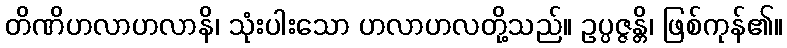
တိဏိဟလာဟလာနိ၊ သုံးပါးသော ဟလာဟလတို့သည်။ ဥပ္ပဇ္ဇန္တိ၊ ဖြစ်ကုန်၏။